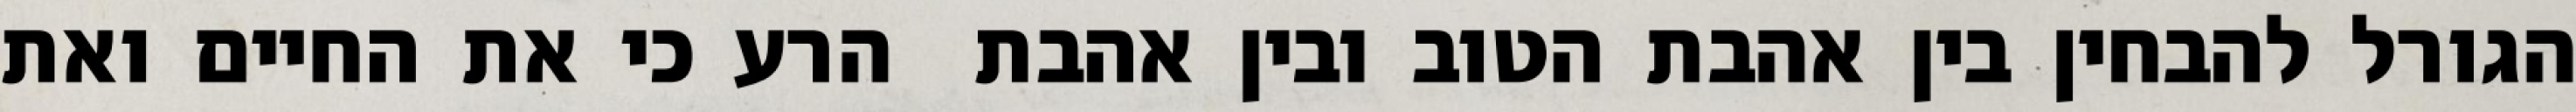
הגורל להבחין בין אהבת הטוב ובין אהבת  הרע כי את החיים ואת